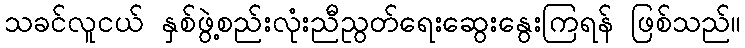
သခင်လူငယ် နှစ်ဖွဲ့စည်းလုံးညီညွတ်ရေးဆွေးနွေးကြရန် ဖြစ်သည်။